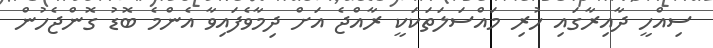
ސިއްހީ ދާއިރާގައި ހުރި މައްސަލަތަކަކީ ރާއްޖެ އަށް ދިމާވެފައިވާ އެންމެ ބޮޑު ގޮންޖެހުން